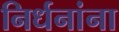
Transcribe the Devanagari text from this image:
निर्धनांना